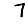
Digit: 7